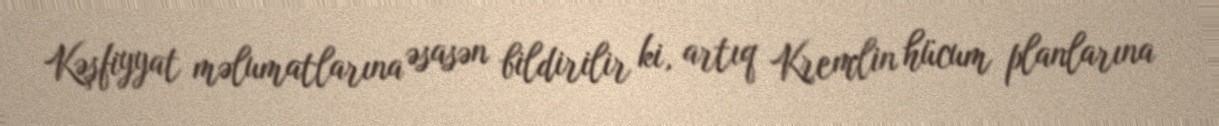
Kəşfiyyat məlumatlarına əsasən bildirilir ki, artıq Kremlin hücum planlarına